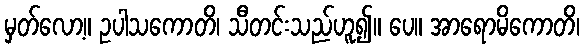
မှတ်လော့။ ဥပါသကောတိ၊ သီတင်းသည်ဟူ၍။ ပေ။ အာရောမိကောတိ၊